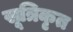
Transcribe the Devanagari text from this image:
सूत्रिकृत